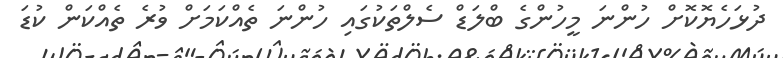
ދުޅަހެޔޮކޮށް ހުންނަ މީހުންގެ ބްލަޑް ސެލްތަކުގައި ހުންނަ ތެއްކަމަށް ވުރެ ތެއްކަން ކުޑަ